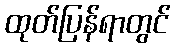
ထုတ်ပြန်ရာတွင်